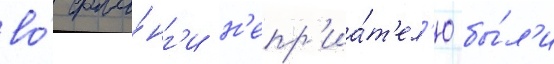
во́ фла́нг'и н'епр'иа́т'ел'ю бы́л'и